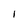
Character: I